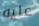
عليه